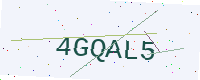
Text: 4GQAL5